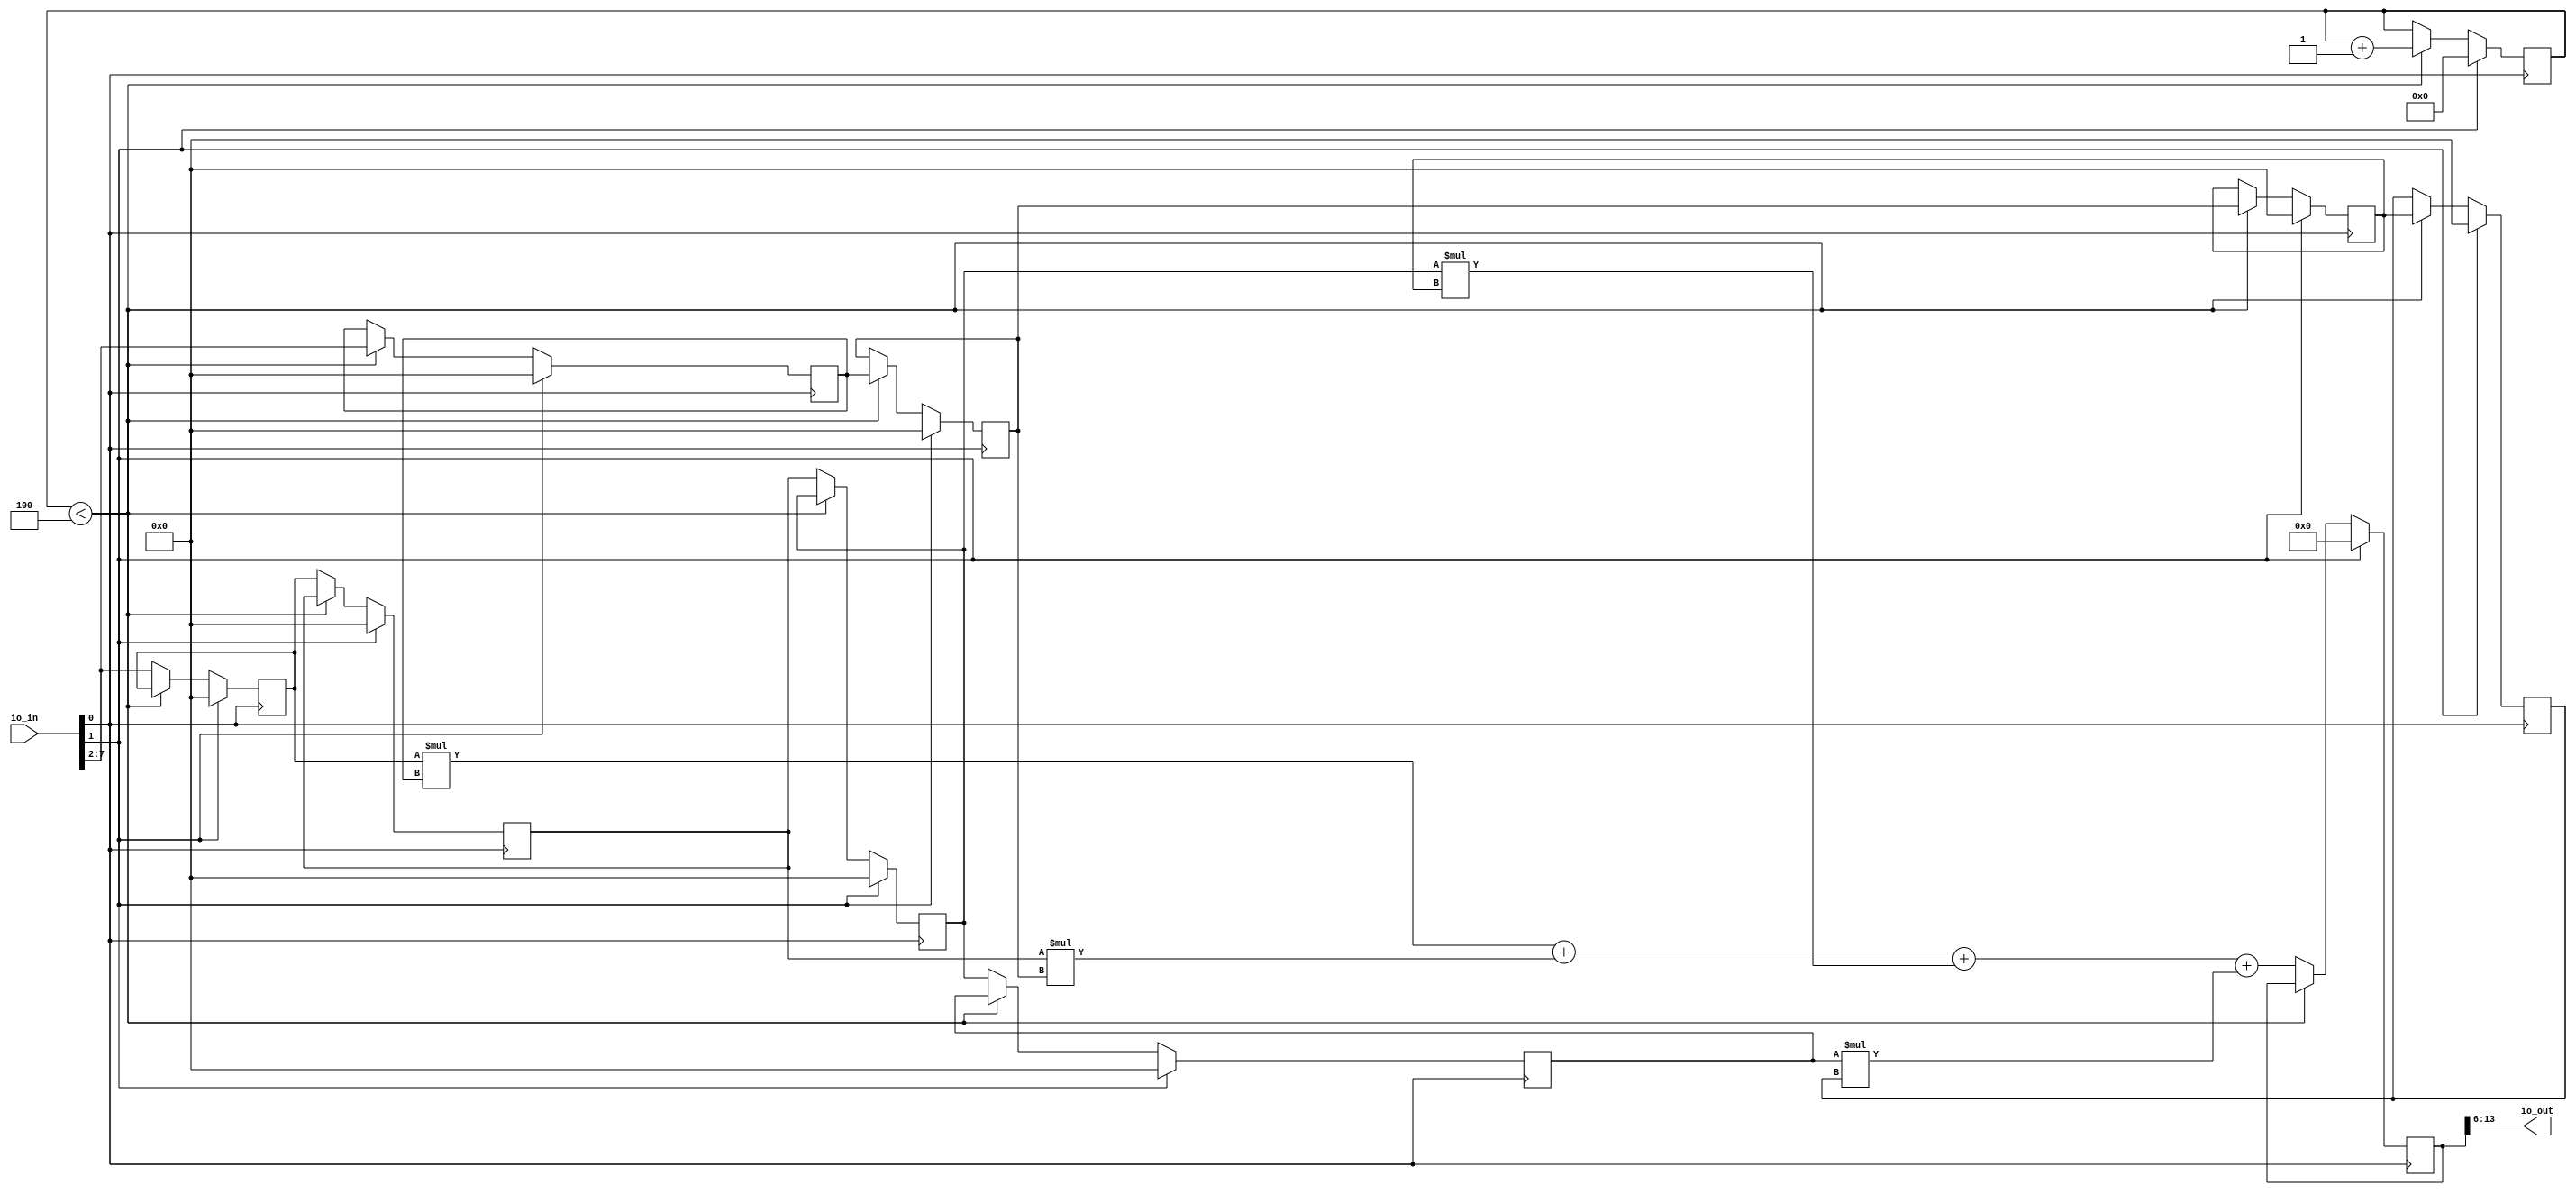
`default_nettype none

// copy parameters to tb.v, test.py
// as files may be used individually
module gbsha_ttfir_top #(parameter N_TAPS = 4,
                             BW_in = 6,
                             BW_product = 12,
                             BW_sum = 14,
                             BW_out = 8
                             )
(
  input [7:0] io_in,
  output [7:0] io_out
);
    // control signals
    wire clk = io_in[0];
    wire reset = io_in[1];
    reg [3:0] coefficient_loaded;

    // inputs and output
    wire [BW_in - 1:0] x_in = io_in[BW_in - 1 + 2:2];
    wire [BW_out - 1:0] y_out;
    assign io_out[BW_out - 1:0] = y_out;
    if (BW_out < 8)
        assign io_out[7:BW_out] = 0;

    // storage for input, multiplier
    reg signed [BW_in - 1:0] coefficient [N_TAPS -1:0];
    reg signed [BW_in - 1:0] x [N_TAPS -1:0];

    // intermediate values
    wire signed [BW_product - 1:0] product [N_TAPS -1: 0];
    // output register
    reg signed [BW_sum - 1:0] sum;


    always @(posedge clk) begin
        // initialize shift register with zeros
        if (reset) begin
            x[0] <= 0;
            x[1] <= 0;
            x[2] <= 0;
            x[3] <= 0;
            // x[4] <= 0;
            // x[5] <= 0;
            coefficient[0] <= 0;
            coefficient[1] <= 0;
            coefficient[2] <= 0;
            coefficient[3] <= 0;
            // coefficient[4] <= 0;
            // coefficient[5] <= 0;
            sum <= 0;
            coefficient_loaded <= 0;
        end else if (coefficient_loaded < N_TAPS) begin
            // coefficient[5] <= coefficient[4];
            // coefficient[4] <= coefficient[3];
            coefficient[3] <= coefficient[2];
            coefficient[2] <= coefficient[1];
            coefficient[1] <= coefficient[0];
            coefficient[0] <= x_in;
            coefficient_loaded <= coefficient_loaded + 1;
        end else begin
            sum <= product[0] + product[1] + product[2] + product[3]; // + product[4]; // + product[5];
            // x[5] <= x[4];
            // x[4] <= x[3];
            x[3] <= x[2];
            x[2] <= x[1];
            x[1] <= x[0];
            x[0] <= x_in;
        end
    end

    assign product[0] = x[0] * coefficient[0];
    assign product[1] = x[1] * coefficient[1];
    assign product[2] = x[2] * coefficient[2];
    assign product[3] = x[3] * coefficient[3];
    // assign product[4] = x[4] * coefficient[4];
    // assign product[5] = x[5] * coefficient[5];

    // shift by 6 bits. Corresponds to division by 64
    assign y_out = sum[BW_sum - 1:BW_sum - BW_out];
endmodule